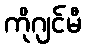
ကိုဂျင်မီ